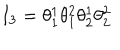
I _ { 3 } = \theta _ { 1 } ^ { 1 } \theta _ { 1 } ^ { 2 } \theta _ { 2 } ^ { 1 } \theta _ { 2 } ^ { 2 }